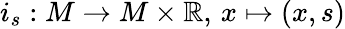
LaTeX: i_{s}:M\to M\times\mathbb{R},\, x\mapsto(x,s)